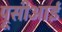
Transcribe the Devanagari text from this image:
प्रूसीआई